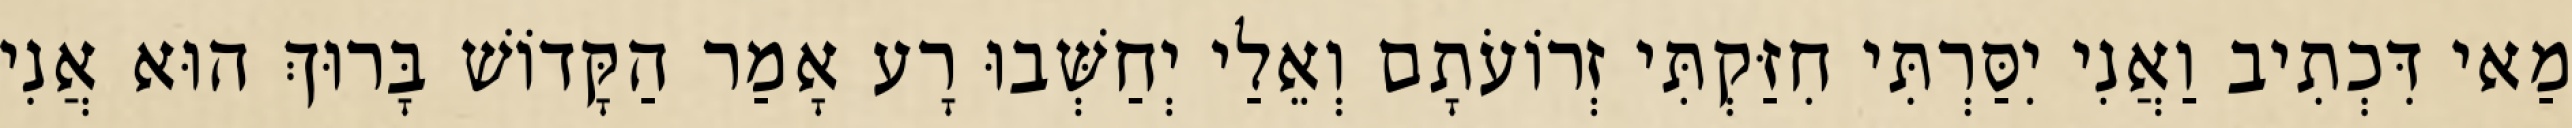
מַאי דִּכְתִיב וַאֲנִי יִסַּרְתִּי חִזַּקְתִּי זְרוֹעֹתָם וְאֵלַי יְחַשְּׁבוּ רָע אָמַר הַקָּדוֹשׁ בָּרוּךְ הוּא אֲנִי